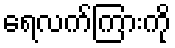
ရေလက်ကြားကို